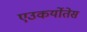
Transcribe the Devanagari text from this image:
एउकर्योतेस